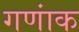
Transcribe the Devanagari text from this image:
गणांक